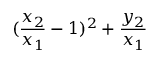
( \frac { x _ { 2 } } { x _ { 1 } } - 1 ) ^ { 2 } + \frac { y _ { 2 } } { x _ { 1 } }